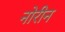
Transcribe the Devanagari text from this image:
नोरीन